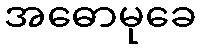
အဓောမုခေ